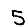
Digit: 5